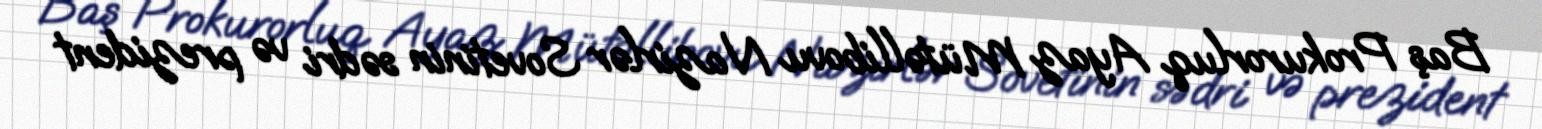
Baş Prokurorluq Ayaz Mütəllibovu Nazirlər Sovetinin sədri və prezident